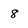
Character: 8